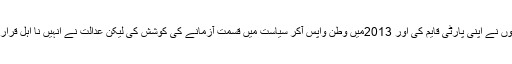
جہاں انہوں نے اپنی پارٹی قایم کی اور 2013میں وطن واپس آکر سیاست میں قسمت آزمانے کی کوشش کی لیکن عدالت نے انہیں نا اہل قرار دے دیا۔